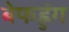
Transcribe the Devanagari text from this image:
बेफह्रुंग